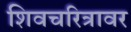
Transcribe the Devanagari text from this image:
शिवचरित्रावर